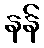
နန်